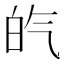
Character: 𤽍